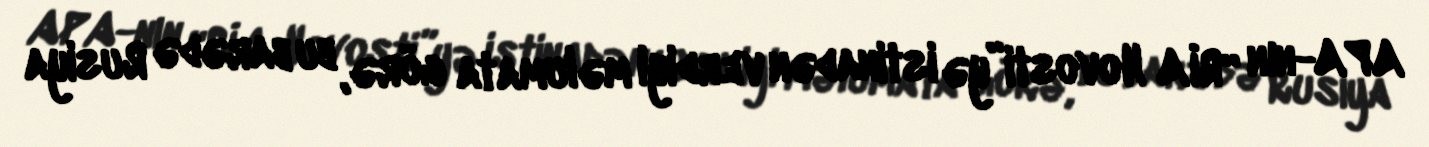
APA-nın “RİA Novosti”yə istinadən verdiyi məlumata görə, bu barədə Rusiya